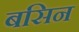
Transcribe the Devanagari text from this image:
बसिन